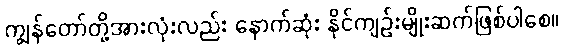
ကျွန်တော်တို့အားလုံးလည်း နောက်ဆုံး နိုင်ကျဉ်းမျိုးဆက်ဖြစ်ပါစေ။